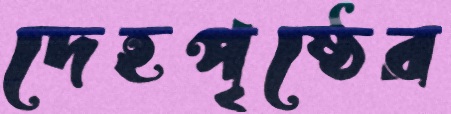
দেহপৃষ্ঠের